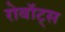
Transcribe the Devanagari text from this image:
रोबॉट्स